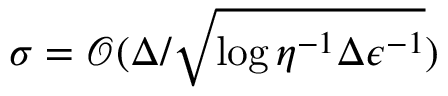
\sigma = \mathcal { O } ( \Delta / \sqrt { \log { \eta ^ { - 1 } \Delta \epsilon ^ { - 1 } } } )